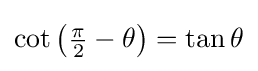
\cot \left({\tfrac {\pi }{2}}-\theta \right)=\tan \theta